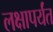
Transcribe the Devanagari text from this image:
लक्षापर्यंत